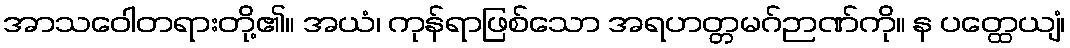
အာသဝေါတရားတို့၏။ အယံ၊ ကုန်ရာဖြစ်သော အရဟတ္တမဂ်ဉာဏ်ကို။ န ပတ္ထေယျံ၊